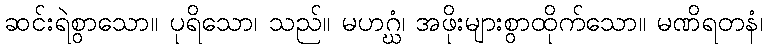
ဆင်းရဲစွာသော။ ပုရိသော၊ သည်။ မဟဂ္ဃံ၊ အဖိုးများစွာထိုက်သော။ မဏိရတနံ၊